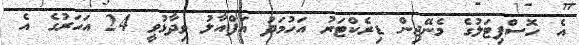
އެ ހޮސްޕިޓަލުގެ މެނޭޖިން ޑިރެކްޓަރު އަހުމަދު އަފްއާލު ވިދާޅުވީ 24 އަހަރުގެ އެ